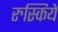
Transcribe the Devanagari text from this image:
रुस्किये